Annual report of the Punjab Veterinary College and of the Civil Veterinary Department, Punjab - 1894-1908
Year: 1894
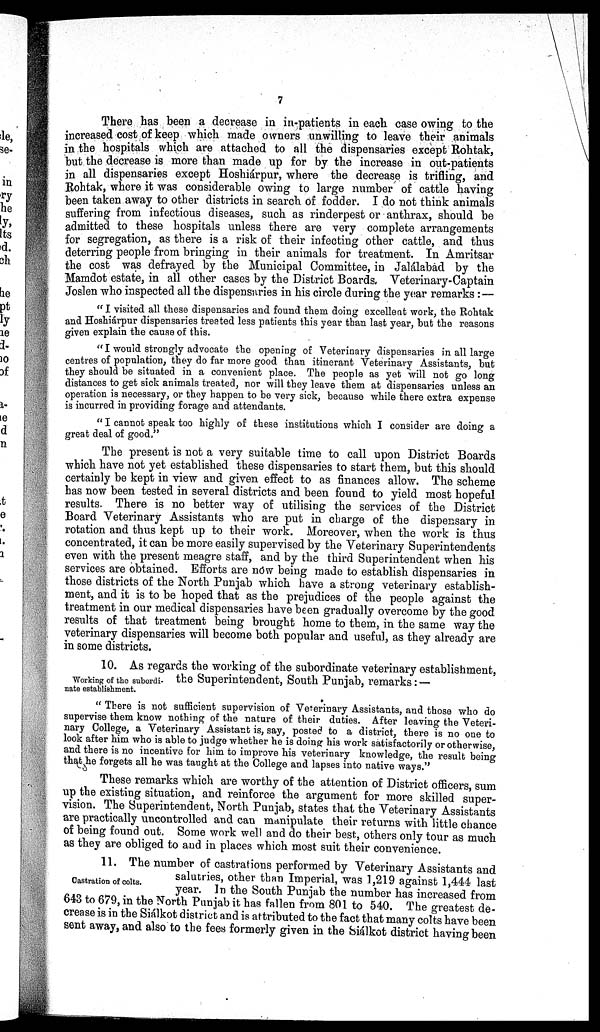
7
There has been a decrease in in-patients in each case owing to the
increased cost of keep which made owners unwilling to leave their animals
in the hospitals which are attached to all the dispensaries except Rohtak,
but the decrease is more than made up for by the increase in out-patients
in all dispensaries except Hoshiárpur, where the decrease is trifling, and
Rohtak, where it was considerable owing to large number of cattle having
been taken away to other districts in search of fodder. I do not think animals
suffering from infectious diseases, such as rinderpest or anthrax, should be
admitted to these hospitals unless there are very complete arrangements
for segregation, as there is a risk of their infecting other cattle, and thus
deterring people from bringing in their animals for treatment. In Amritsar
the cost was defrayed by the Municipal Committee, in Jalálabad by the
Mamdot estate, in all other cases by the District Boards, Veterinary-Captain
Joslen who inspected all the dispensaries in his circle during the year remarks : —
" I visited all these dispensaries and found them doing excellent work, the Rohtak
and Hoshiárpur dispensaries treated less patients this year than last year, but the reasons
given explain the cause of this.
"I would strongly advocate the opening of Veterinary dispensaries in all large
centres of population, they do far more good than itinerant Veterinary Assistants, but
they should be situated in a convenient place. The people as yet will not go long
distances to get sick animals treated, nor will they leave them at dispensaries unless an
operation is necessary, or they happen to be very sick, because while there extra expense
is incurred in providing forage and attendants.
" I cannot speak too highly of these institutions which I consider are doing a
great deal of good."
The present is not a very suitable time to call upon District Boards
which have not yet established these dispensaries to start them, but this should
certainly be kept in view and given effect to as finances allow. The scheme
has now been tested in several districts and been found to yield most hopeful
results. There is no better way of utilising the services of the District
Board Veterinary Assistants who are put in charge of the dispensary in
rotation and thus kept up to their work. Moreover, when the work is thus
concentrated, it can be more easily supervised by the Veterinary Superintendents
even with the present meagre staff, and by the third Superintendent when his
services are obtained. Efforts are now being made to establish dispensaries in
those districts of the North Punjab which have a strong veterinary establish-
ment, and it is to be hoped that as the prejudices of the people against the
treatment in our medical dispensaries have been gradually overcome by the good
results of that treatment being brought home to them, in the same way the
veterinary dispensaries will become both popular and useful, as they already are
in some districts.
Working of the subordi-
nate establishment.
10. As regards the working of the subordinate veterinary establishment,
the Superintendent, South Punjab, remarks: —
" There is not sufficient supervision of Veterinary Assistants, and those who do
supervise them know nothing of the nature of their duties. After leaving the Veteri-
nary College, a Veterinary Assistant is, say, posted to a district, there is no one to
look after him who is able to judge whether he is doing his work satisfactorily or otherwise,
and there is no incentive for him to improve his veterinary knowledge, the result being
that he forgets all he was taught at the College and lapses into native ways."
These remarks which are worthy of the attention of District officers, sum
up the existing situation, and reinforce the argument for more skilled super-
vision. The Superintendent, North Punjab, states that the Veterinary Assistants
are practically uncontrolled and can manipulate their returns with little chance
of being found out. Some work well and do their best, others only tour as much
as they are obliged to and in places which most suit their convenience.
Castration of colts.
11. The number of castrations performed by Veterinary Assistants and
salutries, other than Imperial, was 1,219 against 1,444 last
year. In the South Punjab the number has increased from
643 to 679, in the North Punjab it has fallen from 801 to 540. The greatest de-
crease is in the Siálkot district and is attributed to the fact that many colts have been
Sent away, and also to the fees formerly given in the Siálkot district having been